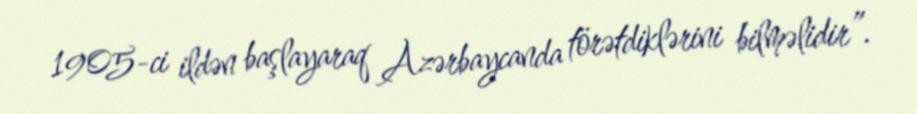
1905-ci ildən başlayaraq Azərbaycanda törətdiklərini bilməlidir”.